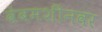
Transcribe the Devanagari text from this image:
वेबमशीनवर